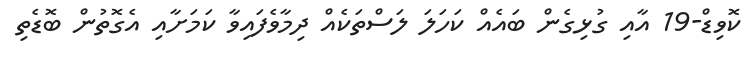
ކޮވިޑް-19 އާއި ގުޅިގެން ބައެއް ކަހަލަ ލަސްތަކެއް ދިމާވެފައިވާ ކަމަށާއި އެގޮތުން ބޮޑެތި